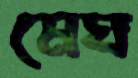
মেঘ